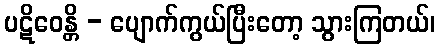
ပဋိဝေန္တိ - ပျောက်ကွယ်ပြီးတော့ သွားကြတယ်၊